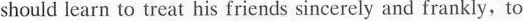
should learn to treat his friends sincerely and frankly,to